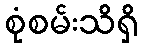
စုံစမ်းသိရှိ